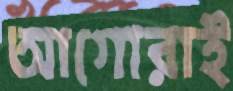
আগোরাই